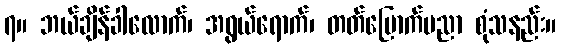
၇။ ဘယ်ချိန်ခါလောက်၊ အရွယ်ရောက်၊ တတ်မြောက်ပညာ စုံသနည်း။